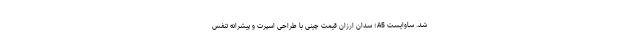
شد. ساوایست A5؛ سدان ارزان قیمت چینی با طراحی اسپرت و پیشرانه تنفس